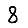
Digit: 8